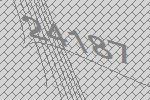
24187